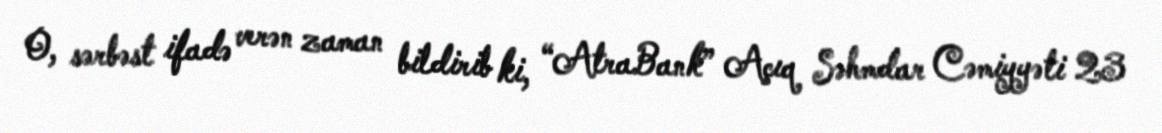
O, sərbəst ifadə verən zaman bildirib ki, “AtraBank” Açıq Səhmdar Cəmiyyəti 23